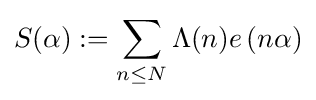
S(\alpha ):=\sum _{n\leq N}\Lambda (n)e\left(n\alpha \right)